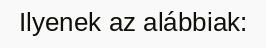
Ilyenek az alábbiak: